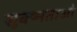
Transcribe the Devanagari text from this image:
सूक्ष्मताओ